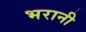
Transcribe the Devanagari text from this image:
भरानी